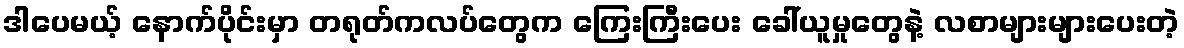
ဒါပေမယ့် နောက်ပိုင်းမှာ တရုတ်ကလပ်တွေက ကြေးကြီးပေး ခေါ်ယူမှုတွေနဲ့ လစာများများပေးတဲ့